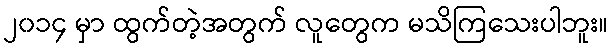
၂၀၁၄ မှာ ထွက်တဲ့အတွက် လူတွေက မသိကြသေးပါဘူး။